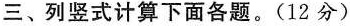
三、列竖式计算下面各题。(12分)